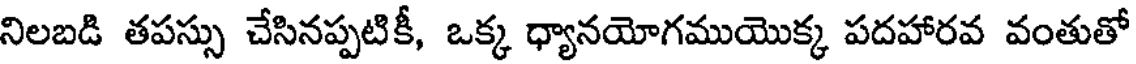
నిలబడి తపస్సు చేసినప్పటికీ, ఒక్క ధ్యానయోగముయొక్క పదహారవ వంతుతో